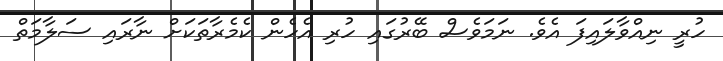
ހުރީ ނިއްވާލައިފަ އެވެ. ނަމަވެސް ބޭރުގައި ހުރި އެހެން ކެމެރާތަކަށް ނާރައި ސަލާމަތް